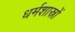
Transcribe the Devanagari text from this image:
धर्मशास्रों